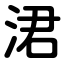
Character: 涒